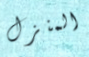
المنزل